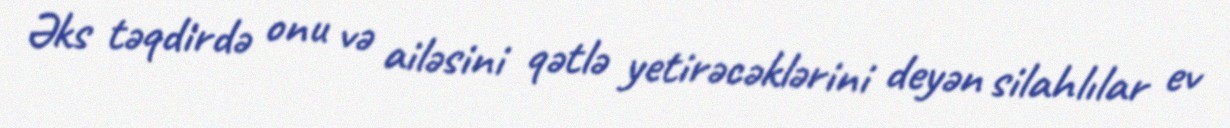
Əks təqdirdə onu və ailəsini qətlə yetirəcəklərini deyən silahlılar ev